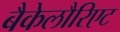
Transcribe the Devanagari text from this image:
बैकेलौरिएट